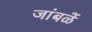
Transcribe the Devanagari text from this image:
जांबळें